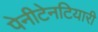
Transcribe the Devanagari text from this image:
पेनीटेनटियारी